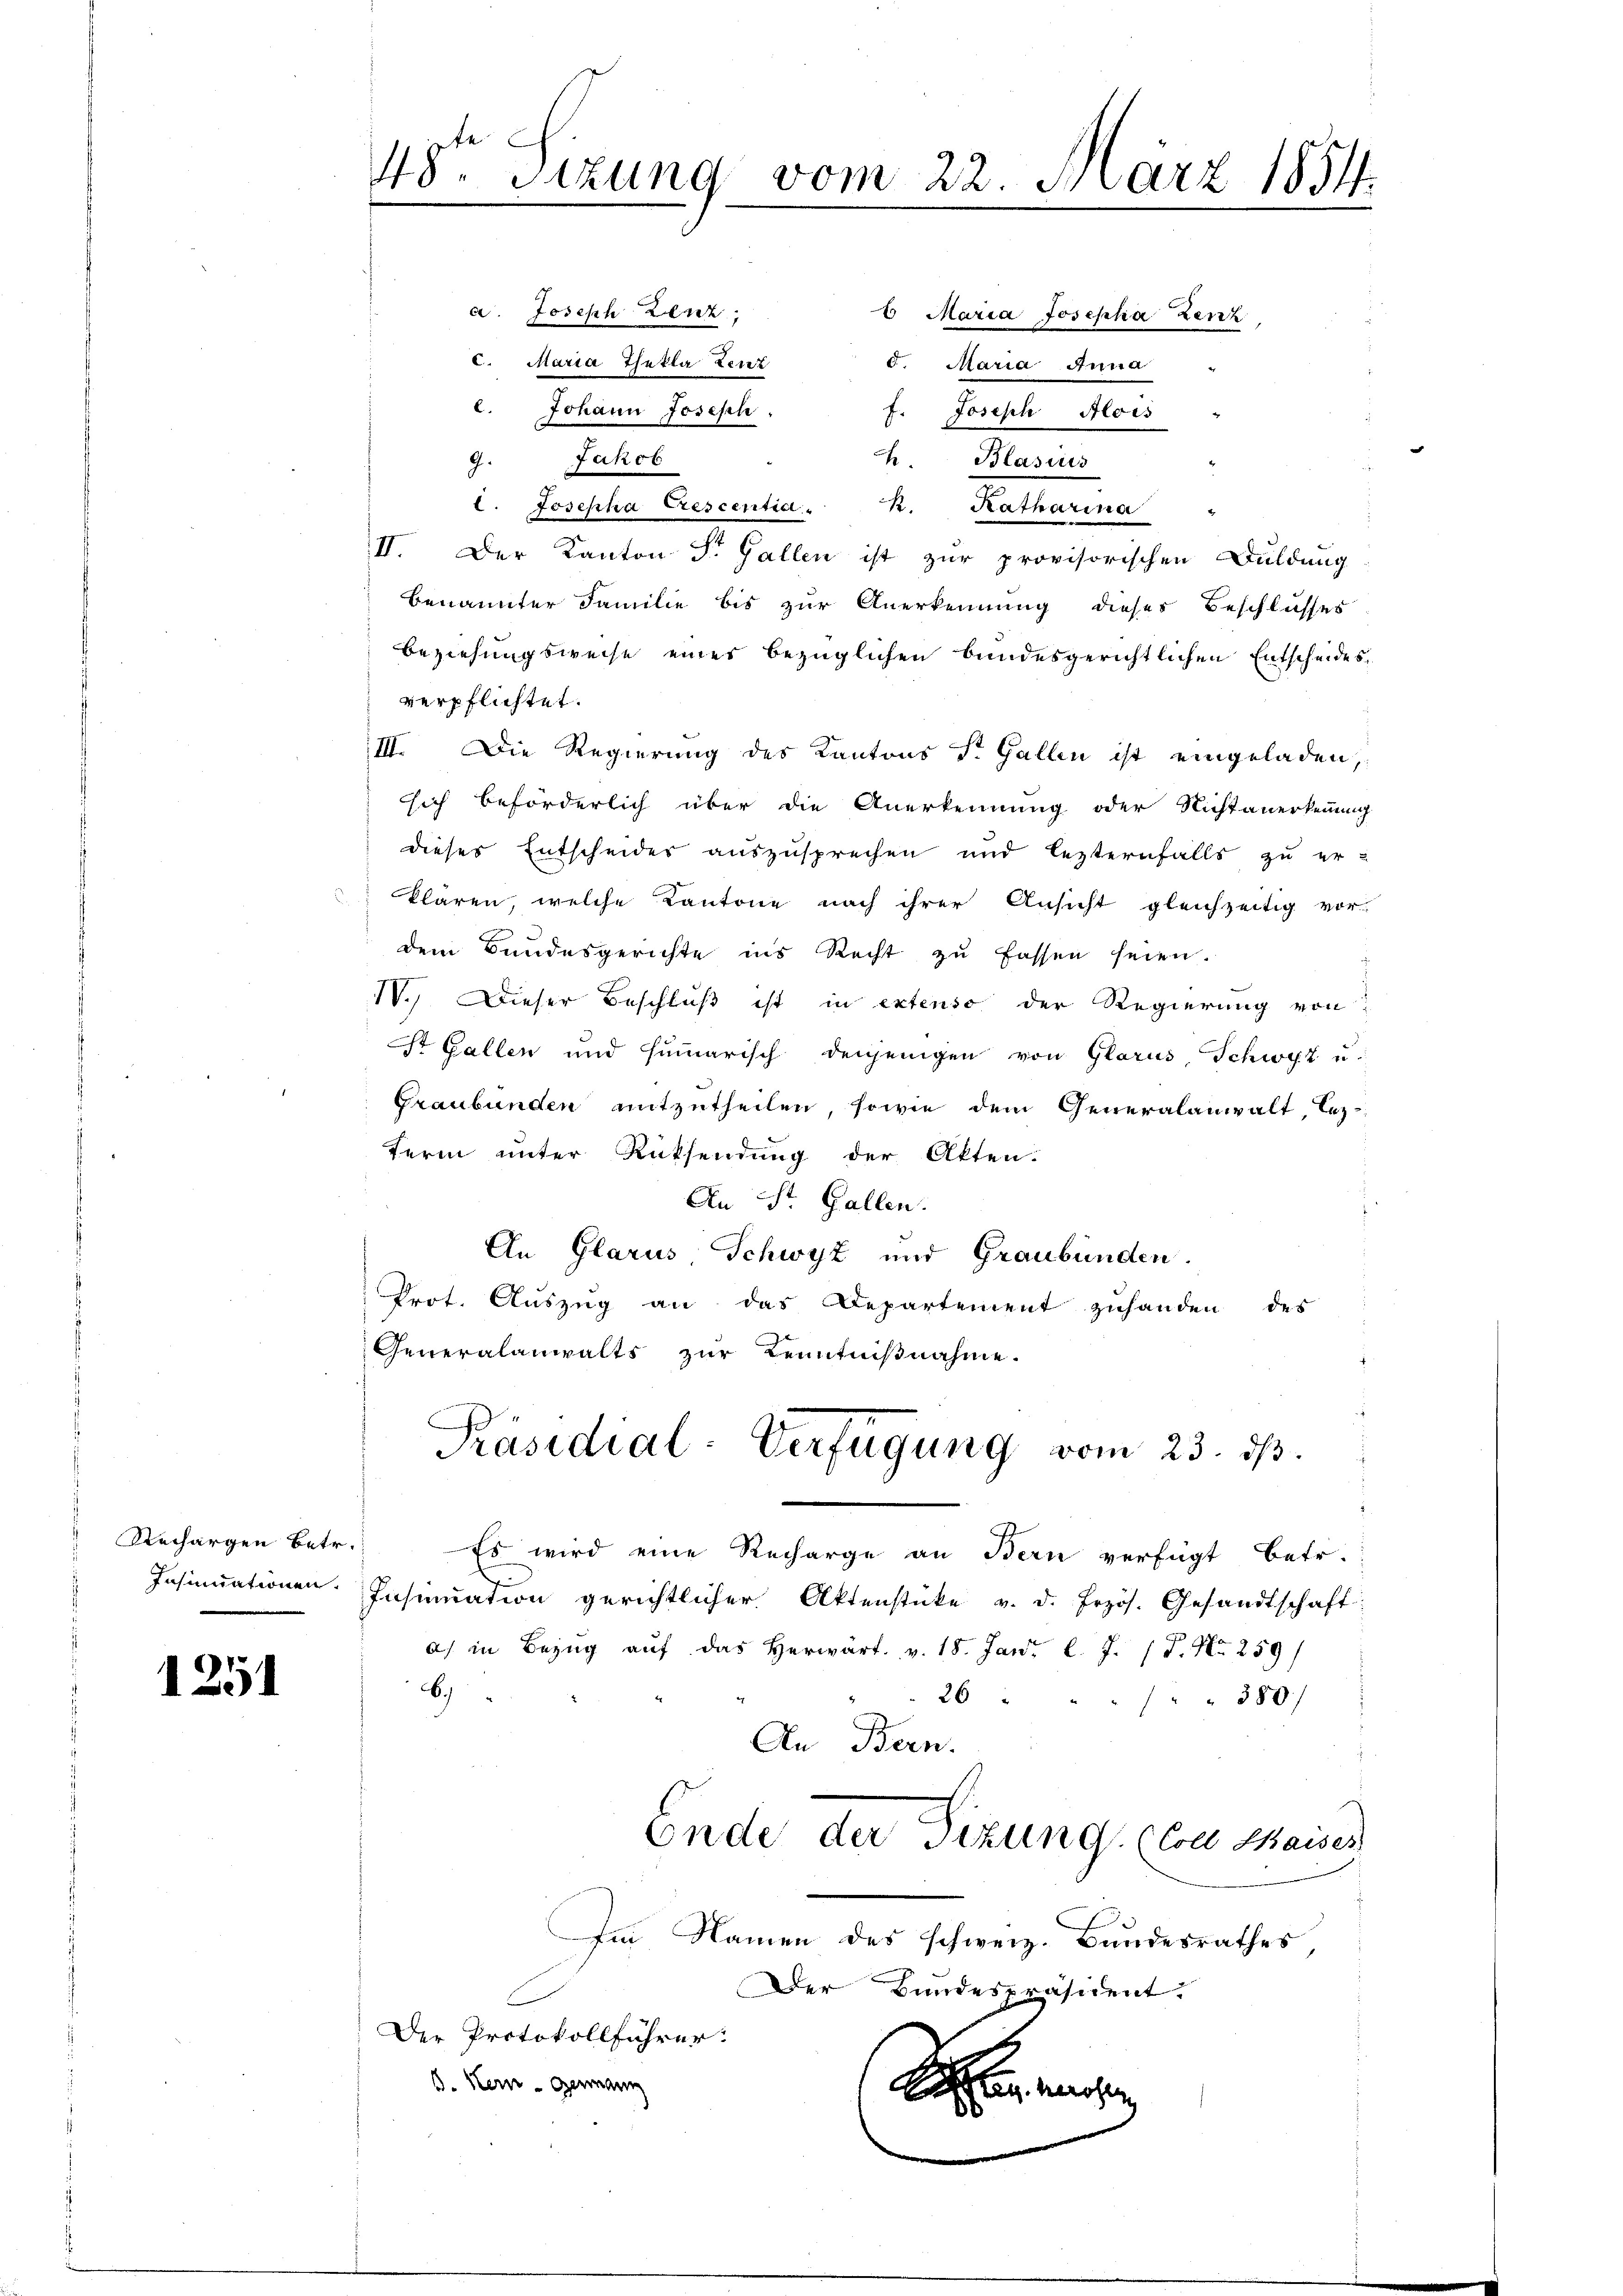
Rechargen Betr.

1251

48te Sizung vom 22. März 1851.

a. Joseph Herz
6. Maria Josepha Zenz
c. Maria Thekla Lenz
d. Maria Anna
c. Johann Joseph
f. Joseph Alois
9. Jakob
.
Blasiis
l. Josepha Crescentia. k. Katharina
II. Der Kanton Sr. Gallen ist zur provisorischen Duldung
benannter Familie bis zur Anerkennung dieses Beschlusses
Beziehungsweise eines bezüglichen bundesgerichtlichen Entscheides.
verpflichtet.
III. Die Regierung des Kantons St. Gallen ist eingeladen,
sich beförderlich über die Anerkennung oder Nichtanerkennung
dieses Entscheider auszusprechen und lezternfalls zu er-
klären, welche Kantone nach ihrer Ansicht gleichzeitig vor-
dem Bundesgerichte ins Recht zu fassen seien.
I.) Dieser Beschluß ist in extenso der Regierung von
St. Gallen und humarisch denjenigen von Glarus, Schwyz u.
Graubünden mitzutheilen, sowie dem Generalanwalt, les
term unter Rücksendung der Akten.
An St. Gallen.
An Glarus Schwyz und Graubünden.
Prot. Aŭszŭg an das Departement zuhanden des
Generalanwalts zur Kenntnißnahme.
Präsidial-Verfügung vom 23. ds.
Es wird eine Recharge an Bern verfügt betr.
Insinuationen Insinuation gerichtlicher Aktenstücke v. d. frzös. Gesandtschaft
a) in Bezug auf das herwärt. v. 18. Jan. l. J. P. Nr. 259/
6
26
380)
An Bern.
Ende der Sizung, von Maiser
Im Namen des schweiz. Bundesrathes,
Der Bundespräsident.
Der Protokollführer:
B. Nein Genann
Sie er se
s